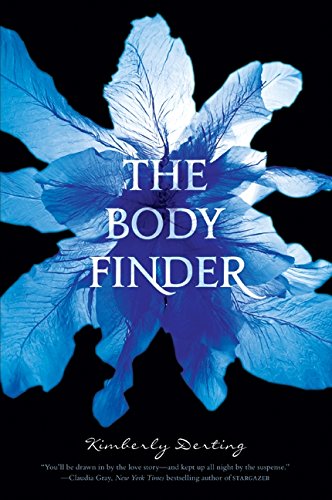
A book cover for The Body Finder; Kimberly Derting; Teen & Young Adult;